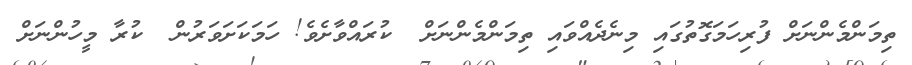
ތިމަންމެންނަށް ފުރިހަމަގޮތުގައި މިނެދެއްވައި ތިމަންމެންނަށް  ކުރައްވާށެވެ! ހަމަކަށަވަރުން  ކުރާ މީހުންނަށް